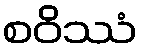
စဝိဿံ